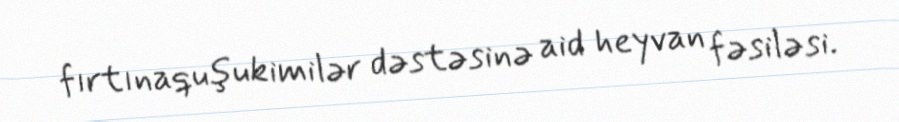
fırtınaquşukimilər dəstəsinə aid heyvan fəsiləsi.